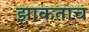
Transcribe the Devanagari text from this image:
झाकताच